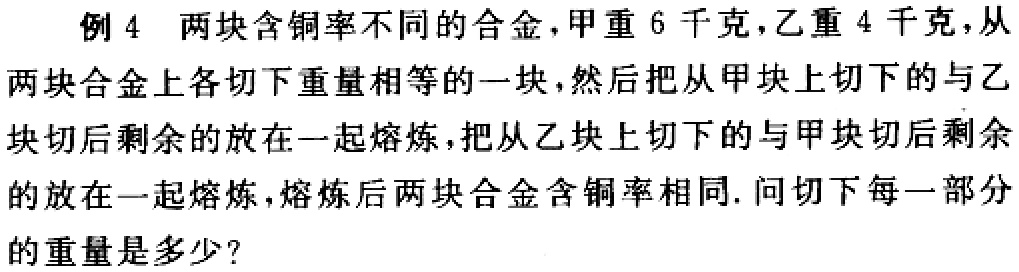
例4 两块含铜率不同的合金，甲重6千克，乙重4千克，从两块合金上各切下重量相等的一块，然后把从甲块上切下的与乙块切后剩余的放在一起熔炼，把从乙块上切下的与甲块切后剩余的放在一起熔炼，熔炼后两块合金含铜率相同. 问切下每一部分的重量是多少？